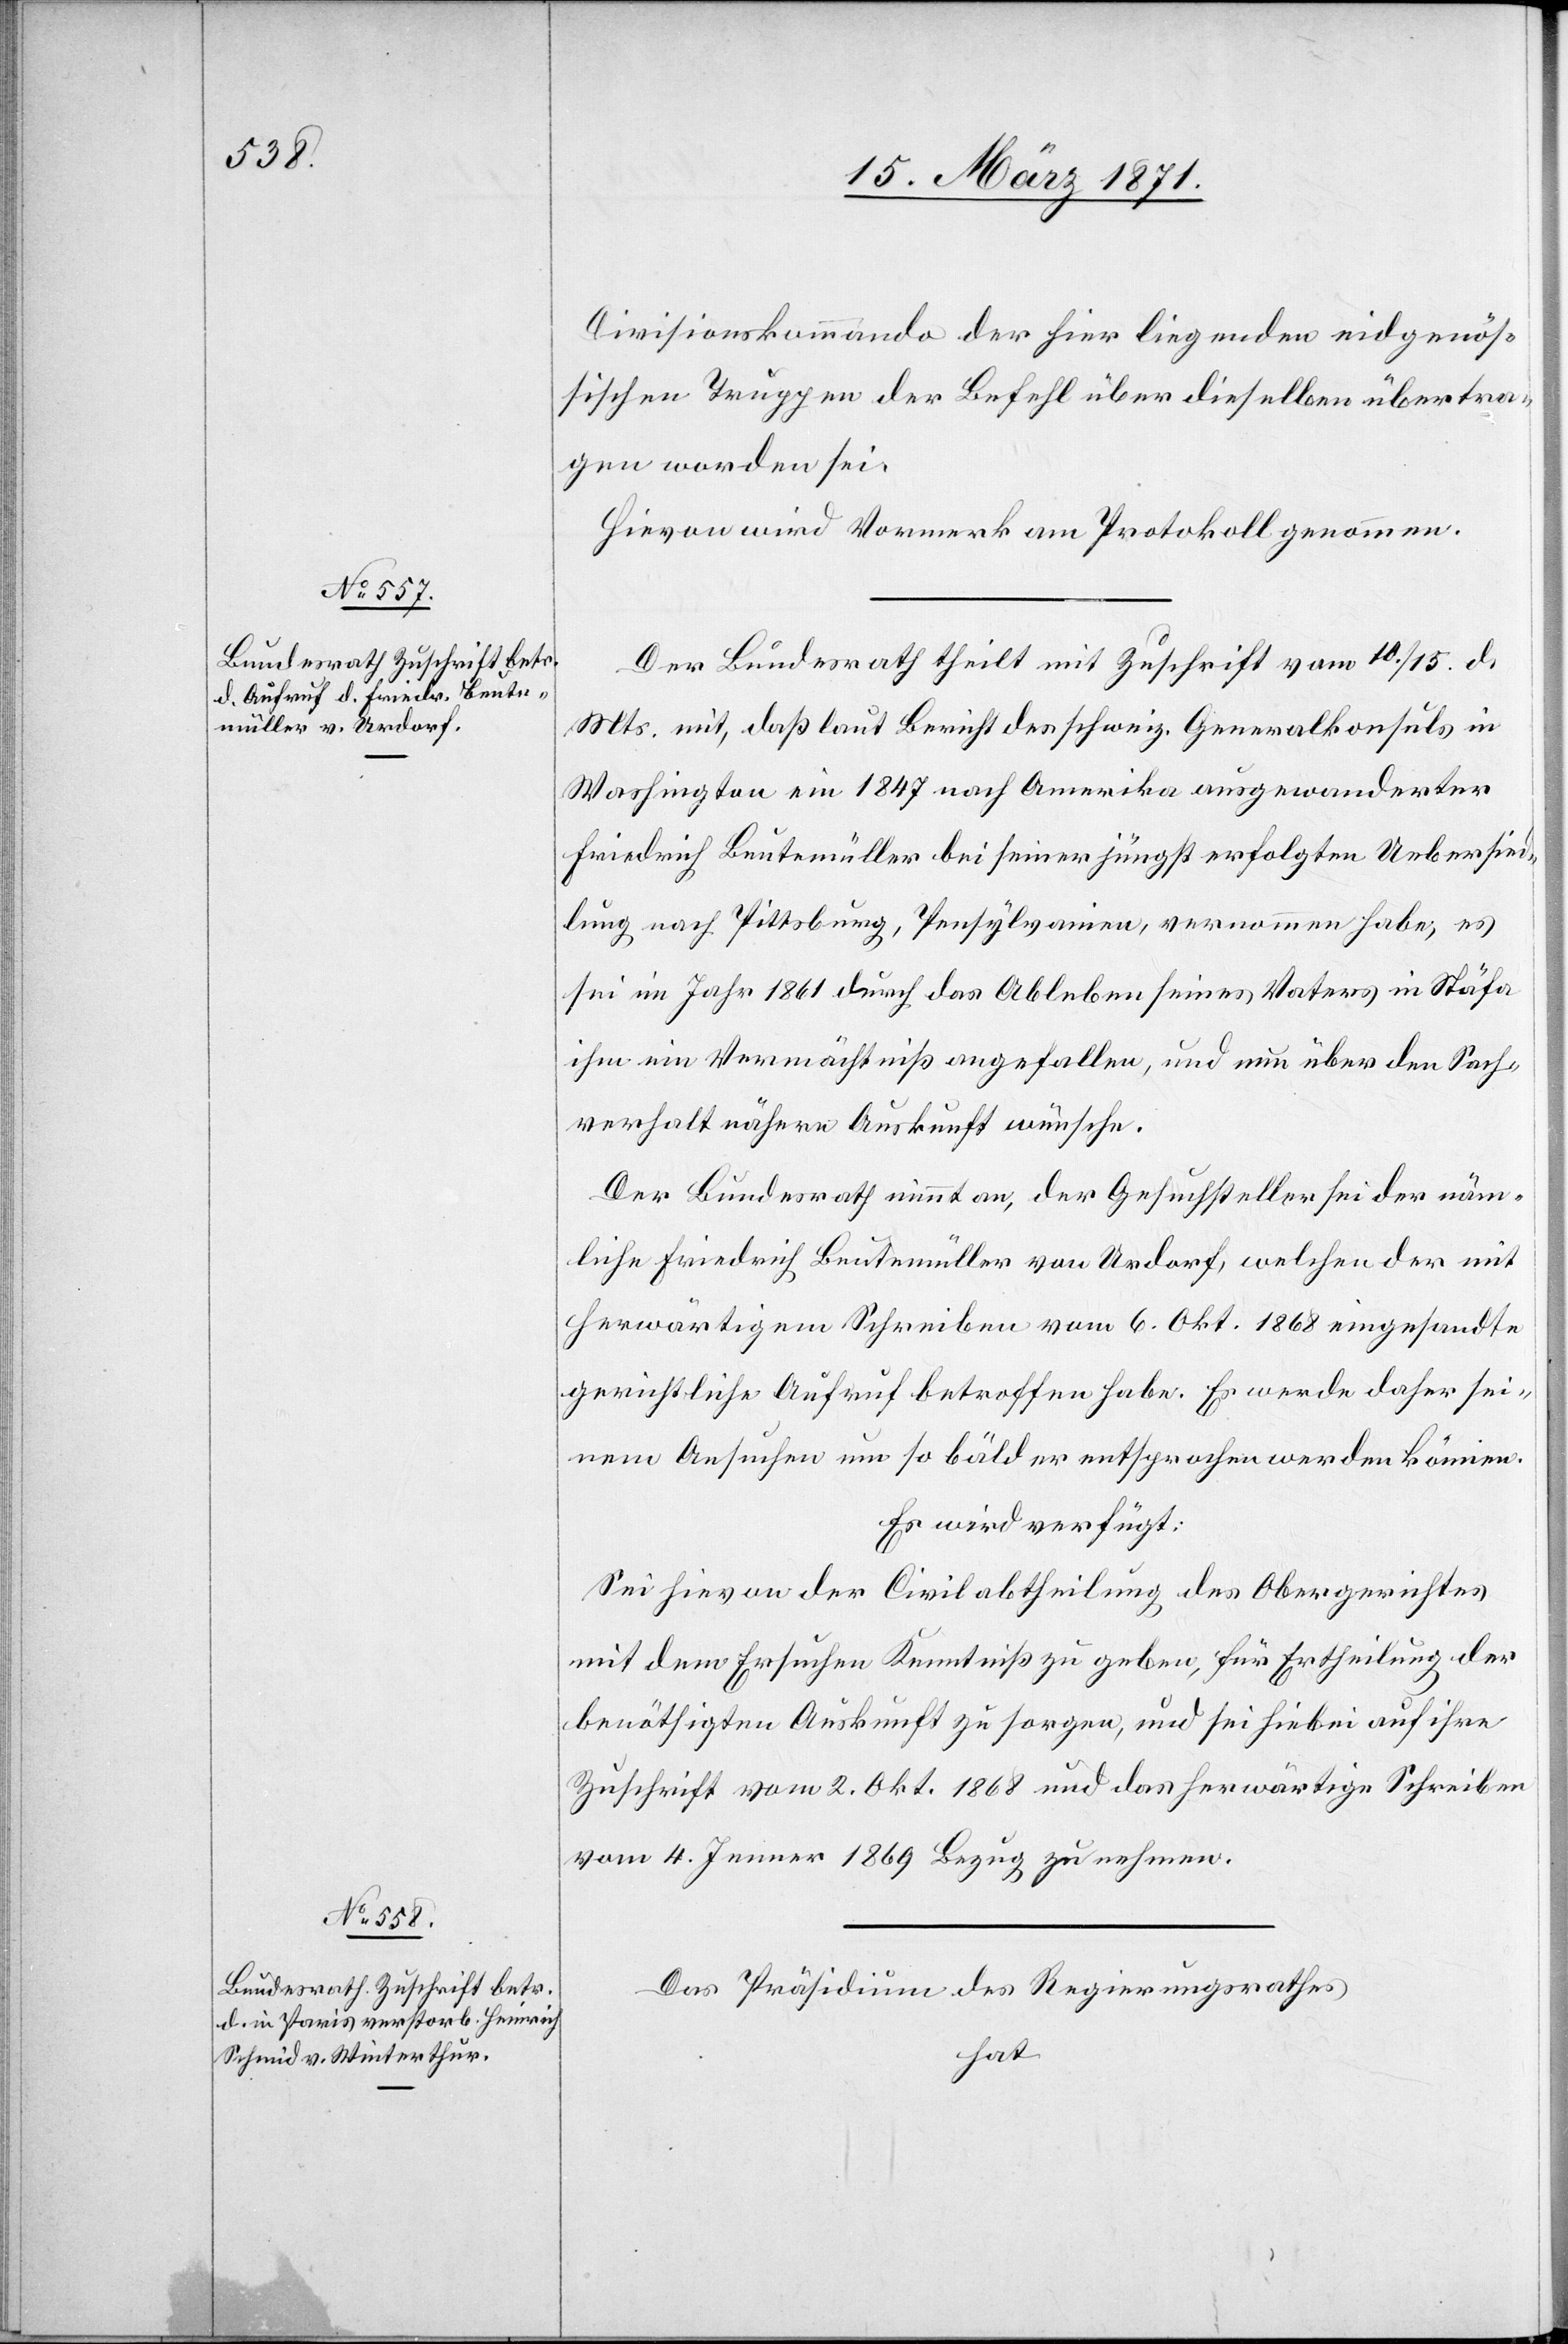
16. März 1871.]
Divisionskommando der hier liegenden eidgenös¬
sischen Truppen der Befehl über dieselben übertra¬
gen worden sei.
Hievon wird Vormerk am Protokoll genommen.
Der Bundesrath theilt mit Zuschrift vom 10./15. d.
Mts. mit, daß laut Bericht des schweiz. Generalkonsuls in
Washington ein 1847 nach Amerika ausgewanderter
Friedrich Beutemüller bei seiner jüngst erfolgten Uebersied¬
lung nach Pittsburg, Pensylvanien, vernommen habe, es
sei im Jahr 1861 durch das Ableben seines Vaters in Stäfa
ihm ein Vermächtniß angefallen, und nun über den Sach¬
verhalt nähere Auskunft wünsche.
Der Bundesrath nimmt an, der Gesuchsteller sei der näm¬
liche Friedrich Beutemüller von Urdorf, welchen der mit
herwärtigem Schreiben vom 6. Okt 1868 eingesandte
gerichtliche Aufruf betroffen habe. Es werde daher sei¬
nem Ansuchen um so bälder entsprochen werden können.
Es wird verfügt:
Sei hievon der Civilabtheilung des Obergerichtes
mit dem Ersuchen Kenntniß zu geben, für Ertheilung der
benöthigten Auskunft zu sorgen, und sei hiebei auf ihre
Zuschrift vom 2. Okt. 1868 und das herwärtige Schreiben
vom 4. Jenner 1869 Bezug zu nehmen.
Das Präsidium des Regierungsrathes
hat